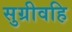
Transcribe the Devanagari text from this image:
सुग्रीवहि